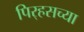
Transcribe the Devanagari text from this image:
पिर्‍हसच्या